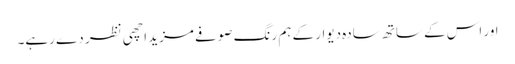
اور اس کے ساتھ سادہ دیوار کے ہم رنگ صوفے مزید اچھی نظر دے رہے۔